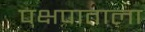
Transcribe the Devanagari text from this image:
पक्षपाताला